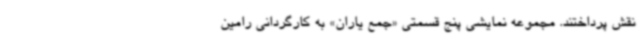
نقش پرداختند. مجموعه نمایشی پنج قسمتی «جمع یاران» به کارگردانی رامین